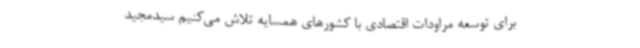
برای توسعه مراودات اقتصادی با کشورهای همسایه تلاش می‌کنیم سیدمجید